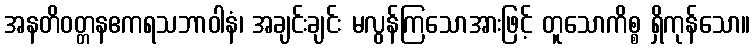
အနတိဝတ္တနဧကရသဘာဝါနံ၊ အချင်းချင်း မလွန်ကြသောအားဖြင့် တူသောကိစ္စ ရှိကုန်သော။